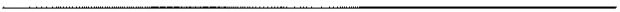
___